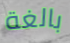
بالغة